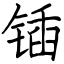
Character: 锸